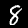
Digit: 8